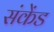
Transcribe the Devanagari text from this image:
संकेंड